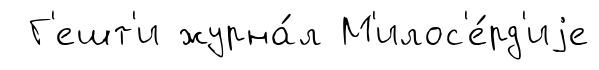
Г'ешт'и журна́л М'илос'е́рд'иjе